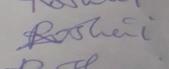
Signature authenticity: forged